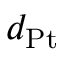
d _ { \mathrm { { P t } } }